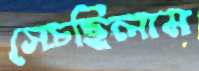
সেচছিলাম